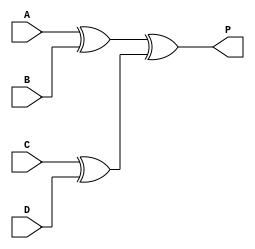
module parity(A,B,C,D,P);

input A,B,C,D;
output P;

assign P = (A^B)^(C^D);

endmodule

module tb_parity;

reg A,B,C,D;
wire P;

initial begin
	$monitor("A=%b B=%b C=%b D=%b \t P=%b",A,B,C,D,P);

	A=0;
	B=0;
	C=0;
	D=0;

	#5 A=0;B=0;C=0;D=1;
	#5 A=0;B=0;C=1;D=0;
	#5 A=0;B=0;C=1;D=1;
	#5 A=0;B=1;C=0;D=0;
	#5 A=0;B=1;C=0;D=1;
	#5 A=0;B=1;C=1;D=0;
	#5 A=0;B=1;C=1;D=1;
	#5 $finish;
end

parity top(A,B,C,D,P);

endmodule